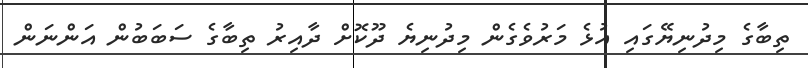
ތިބާގެ މިދުނިޔޭގައި އުޅެ މަރުވެގެން މިދުނިޔެ ދޫކޮށް ދާއިރު ތިބާގެ ސަބަބުން އަންނަން